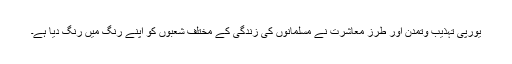
یورپی تہذیب وتمدن اور طرزِ معاشرت نے مسلمانوں کی زندگی کے مختلف شعبوں کو اپنے رنگ میں رنگ دیا ہے۔